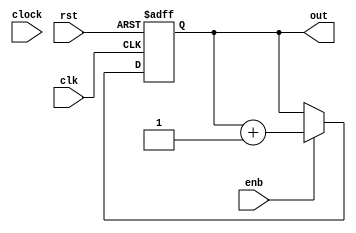
module contador
(
	input  clock,
	input  clk,
	input	 enb,
	input  rst,
	output reg[63:0] out = 64'd0
);

reg reset;
/*
always @ (posedge clock) begin
	if(~rst)
		reset <= 1'b0;
	
	if(out == 0)
		reset <= 1'b1;
end
*/
always @ (posedge clk or negedge rst) begin
		
	if(~rst) begin
		out   <= 64'd0;
	end
	else begin
		if(enb)
			out <= out + 64'd1;
		else
			out <= out;
	end

end

endmodule